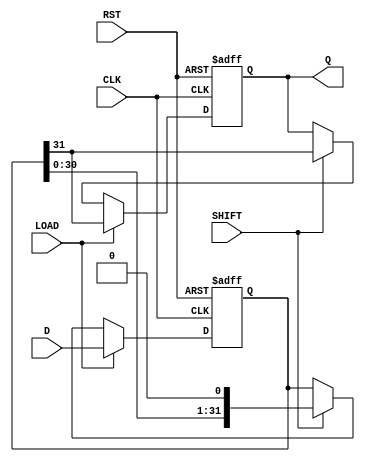
module piso_register (
    input wire [31:0] D,        // 32-bit parallel data input
    input wire LOAD,            // Load control signal
    input wire SHIFT,           // Shift control signal
    input wire CLK,             // Clock signal
    input wire RST,             // Asynchronous reset signal
    output reg Q                // Serial output
);

    reg [31:0] shift_reg;       // Shift register to hold the data

    always @(posedge CLK or posedge RST) begin
        if (RST) begin
            // Asynchronous reset
            shift_reg <= 32'b0;  // Clear the shift register
            Q <= 1'b0;           // Clear the output
        end else if (LOAD) begin
            // Load data into the shift register
            shift_reg <= D;      // Load the parallel data
            Q <= shift_reg[31];  // Output the MSB
        end else if (SHIFT) begin
            // Shift data out serially
            Q <= shift_reg[31];   // Output the MSB
            shift_reg <= {shift_reg[30:0], 1'b0}; // Shift right and fill LSB with 0
        end
    end

endmodule